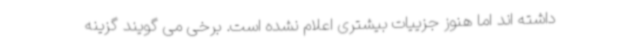
داشته اند اما هنوز جزییات بیشتری اعلام نشده است. برخی می گویند گزینه